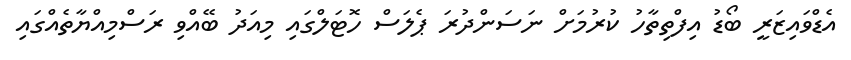
އެޑްވައިޒަރީ ބޯޑު އިފްތިތާހު ކުރުމަށް ނަސަންދުރަ ޕެލަސް ހޮޓަލްގައި މިއަދު ބޭއްވި ރަސްމިއްޔާތެއްގައި